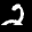
Label: 2